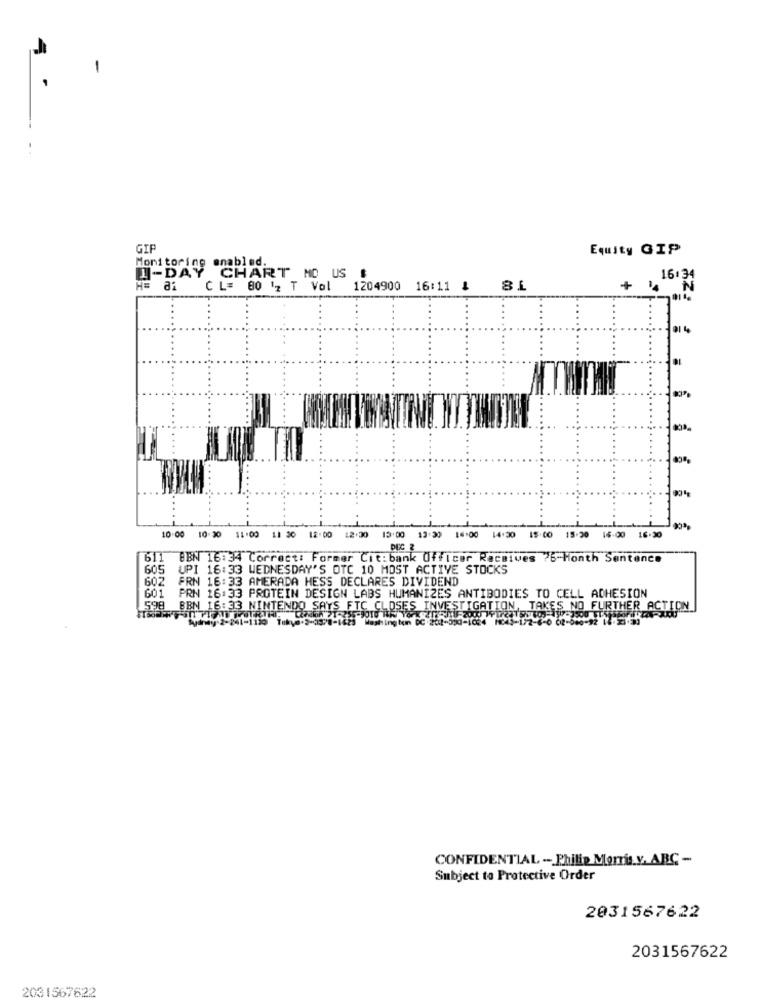
GIF
Equity GIP
Monitoring enabled.
1-DAY
CHART MO US $
16:34
H= 81
CL= 80 12 T Val
1204900 16:11 4 81
+ **
N
10.00 10-20 11.00 11 20 12.00 12.30
13:00 13:30 16:00 14:30 15:00 15-20 16:00 16.30
DEC &
611 BBN 16:34 Correct: Former Cit:bank Officer Receives 76-Month Sentence
605 UPI 16:33 WEDNESDAY'S OTC 10 MOST ACTIVE STOCKS
602 FRN 16:33 AMERADA HESS DECLARES DIVIDEND
601
PRN 16:33 PROTEIN DESIGN LABS HUMANIZES ANTIBODIES TO CELL ADHESION
598 BEN 16:33 NINTENDO SAYS FTC CLOSES INVESTIGATION, TAKES NO FURTHER ACTION
dney-2-241-
gten DC 202-390-1024 1045-172-6-0 02-066-92 1
CONFIDENTIAL - Philip Morris.v. ABC -
Subject to Protective Order
2031567622
2031567622
2031567622